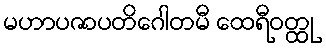
မဟာပဇာပတိဂေါတမီ ထေရီဝတ္ထု